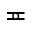
\eqcirc